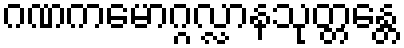
ဂဏကမောဂ္ဂလ္လာနသုတ္တန္တေ